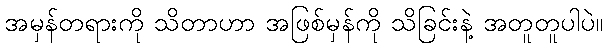
အမှန်တရားကို သိတာဟာ အဖြစ်မှန်ကို သိခြင်းနဲ့ အတူတူပါပဲ။